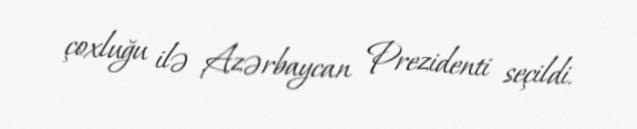
çoxluğu ilə Azərbaycan Prezidenti seçildi.